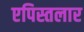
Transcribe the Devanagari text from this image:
एपिस्तलार